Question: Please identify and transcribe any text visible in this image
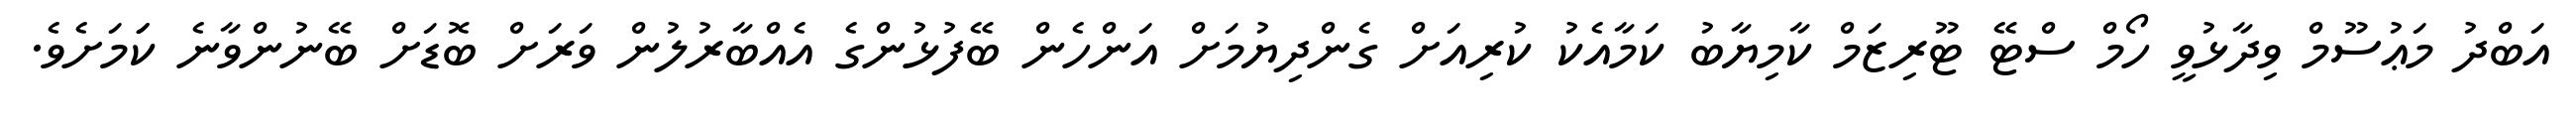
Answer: އަބްދު މަޢުސޫމް ވިދާޅުވީ ހޯމް ސްޓޭ ޓޫރިޒަމް ކާމިޔާބު ކަމާއެކު ކުރިއަށް ގެންދިޔުމަށް އަންހެން ބޭފުޅުންގެ އެއްބާރުލުން ވަރަށް ބޮޑަށް ބޭނުންވާނެ ކަަމަށެވެ.